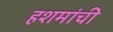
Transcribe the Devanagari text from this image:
हशमांची